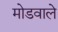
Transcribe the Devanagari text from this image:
मोडवाले